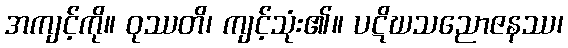
အကျင့်ကို။ ဝုဿတိ၊ ကျင့်သုံး၏။ ပဋိဃသညောဇနဿ၊